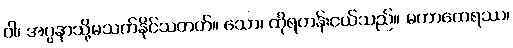
ဝါ၊ အပ္ပနာသို့မသက်နိုင်သတတ်။ သော၊ ထိုရဟန်းငယ်သည်။ မဟာထေရဿ၊